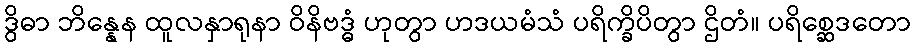
ဒွိဓာ ဘိန္နေန ထူလနှာရုနာ ဝိနိဗဒ္ဓံ ဟုတွာ ဟဒယမံသံ ပရိက္ခိပိတွာ ဌိတံ။ ပရိစ္ဆေဒတော